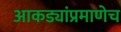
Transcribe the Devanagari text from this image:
आकड्यांप्रमाणेच